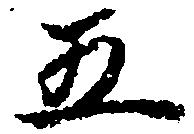
五